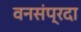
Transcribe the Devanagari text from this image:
वनसंप्रदा